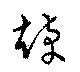
趠